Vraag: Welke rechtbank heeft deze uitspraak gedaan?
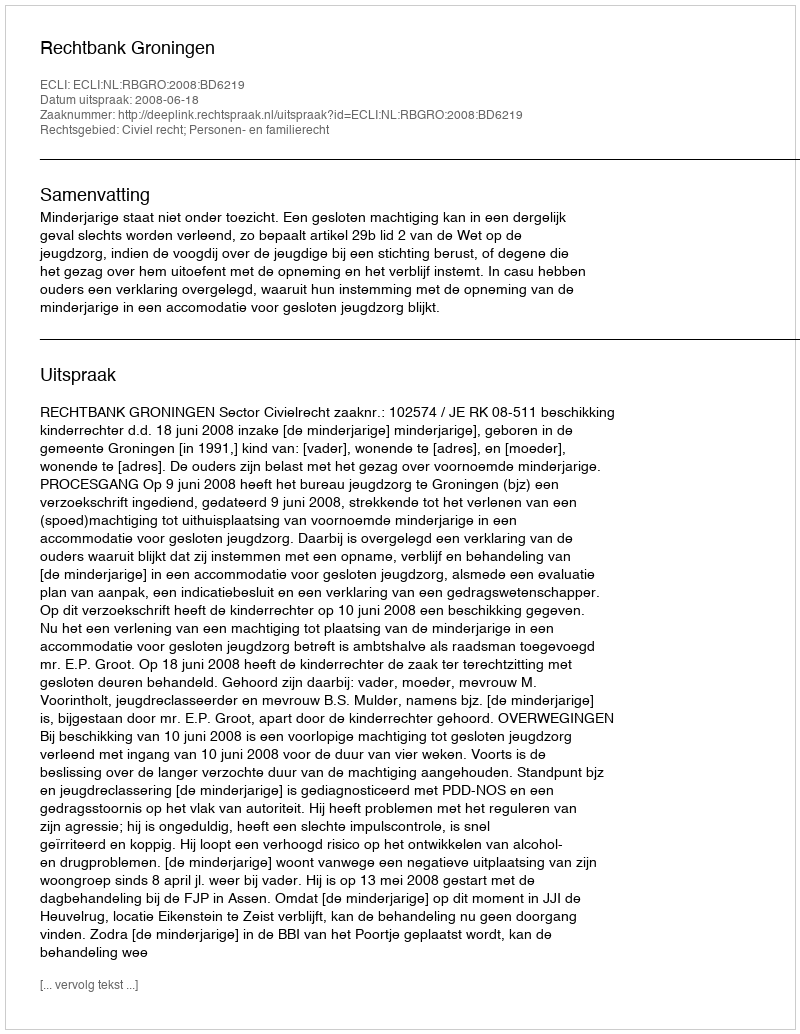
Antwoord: Rechtbank Groningen